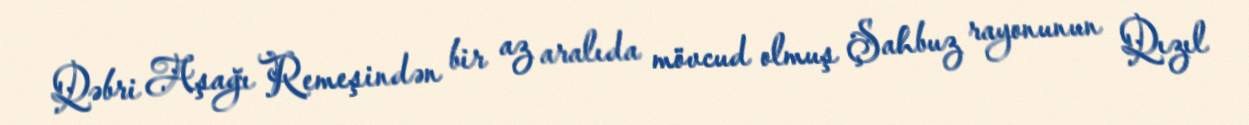
Qəbri Aşağı Remeşindən bir az aralıda mövcud olmuş Şahbuz rayonunun Qızıl